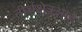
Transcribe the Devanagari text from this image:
तीर्थक्षेत्रआहे